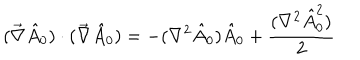
( \vec { \nabla } \hat { A } _ { 0 } ) \cdot ( \vec { \nabla } \hat { A } _ { 0 } ) = - ( \nabla ^ { 2 } \hat { A } _ { 0 } ) \hat { A } _ { 0 } + \frac { ( \nabla ^ { 2 } \hat { A } _ { 0 } ^ { 2 } ) } { 2 }